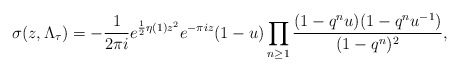
\begin{align*}\sigma(z,\Lambda_\tau)=-\frac{1}{2\pi i}e^{\frac{1}{2}\eta(1)z^2}e^{-\pi i z}(1-u)\prod_{n \geq 1}\frac{(1-q^n u)(1-q^n u^{-1})}{(1-q^n)^2},\end{align*}